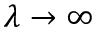
\lambda \to \infty